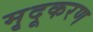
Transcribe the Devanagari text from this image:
मृदूकरण